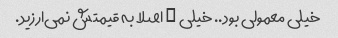
خیلی معمولی بود.. خیلی … اصلا به قیمتش نمی‌ارزید.